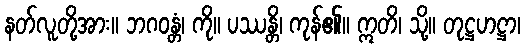
နတ်လူတို့အား။ ဘဂဝန္တံ၊ ကို။ ပဿန္တိ၊ ကုန်၏။ ဣတိ၊ သို့။ တုဋ္ဌဟဋ္ဌာ၊